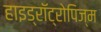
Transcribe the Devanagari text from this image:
हाइड्रॉट्रोपिज्म